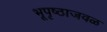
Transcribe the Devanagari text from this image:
भूपृष्ठाजवळ